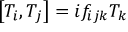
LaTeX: \left[ T _ { i } , T _ { j } \right] = i f _ { i j k } T _ { k }